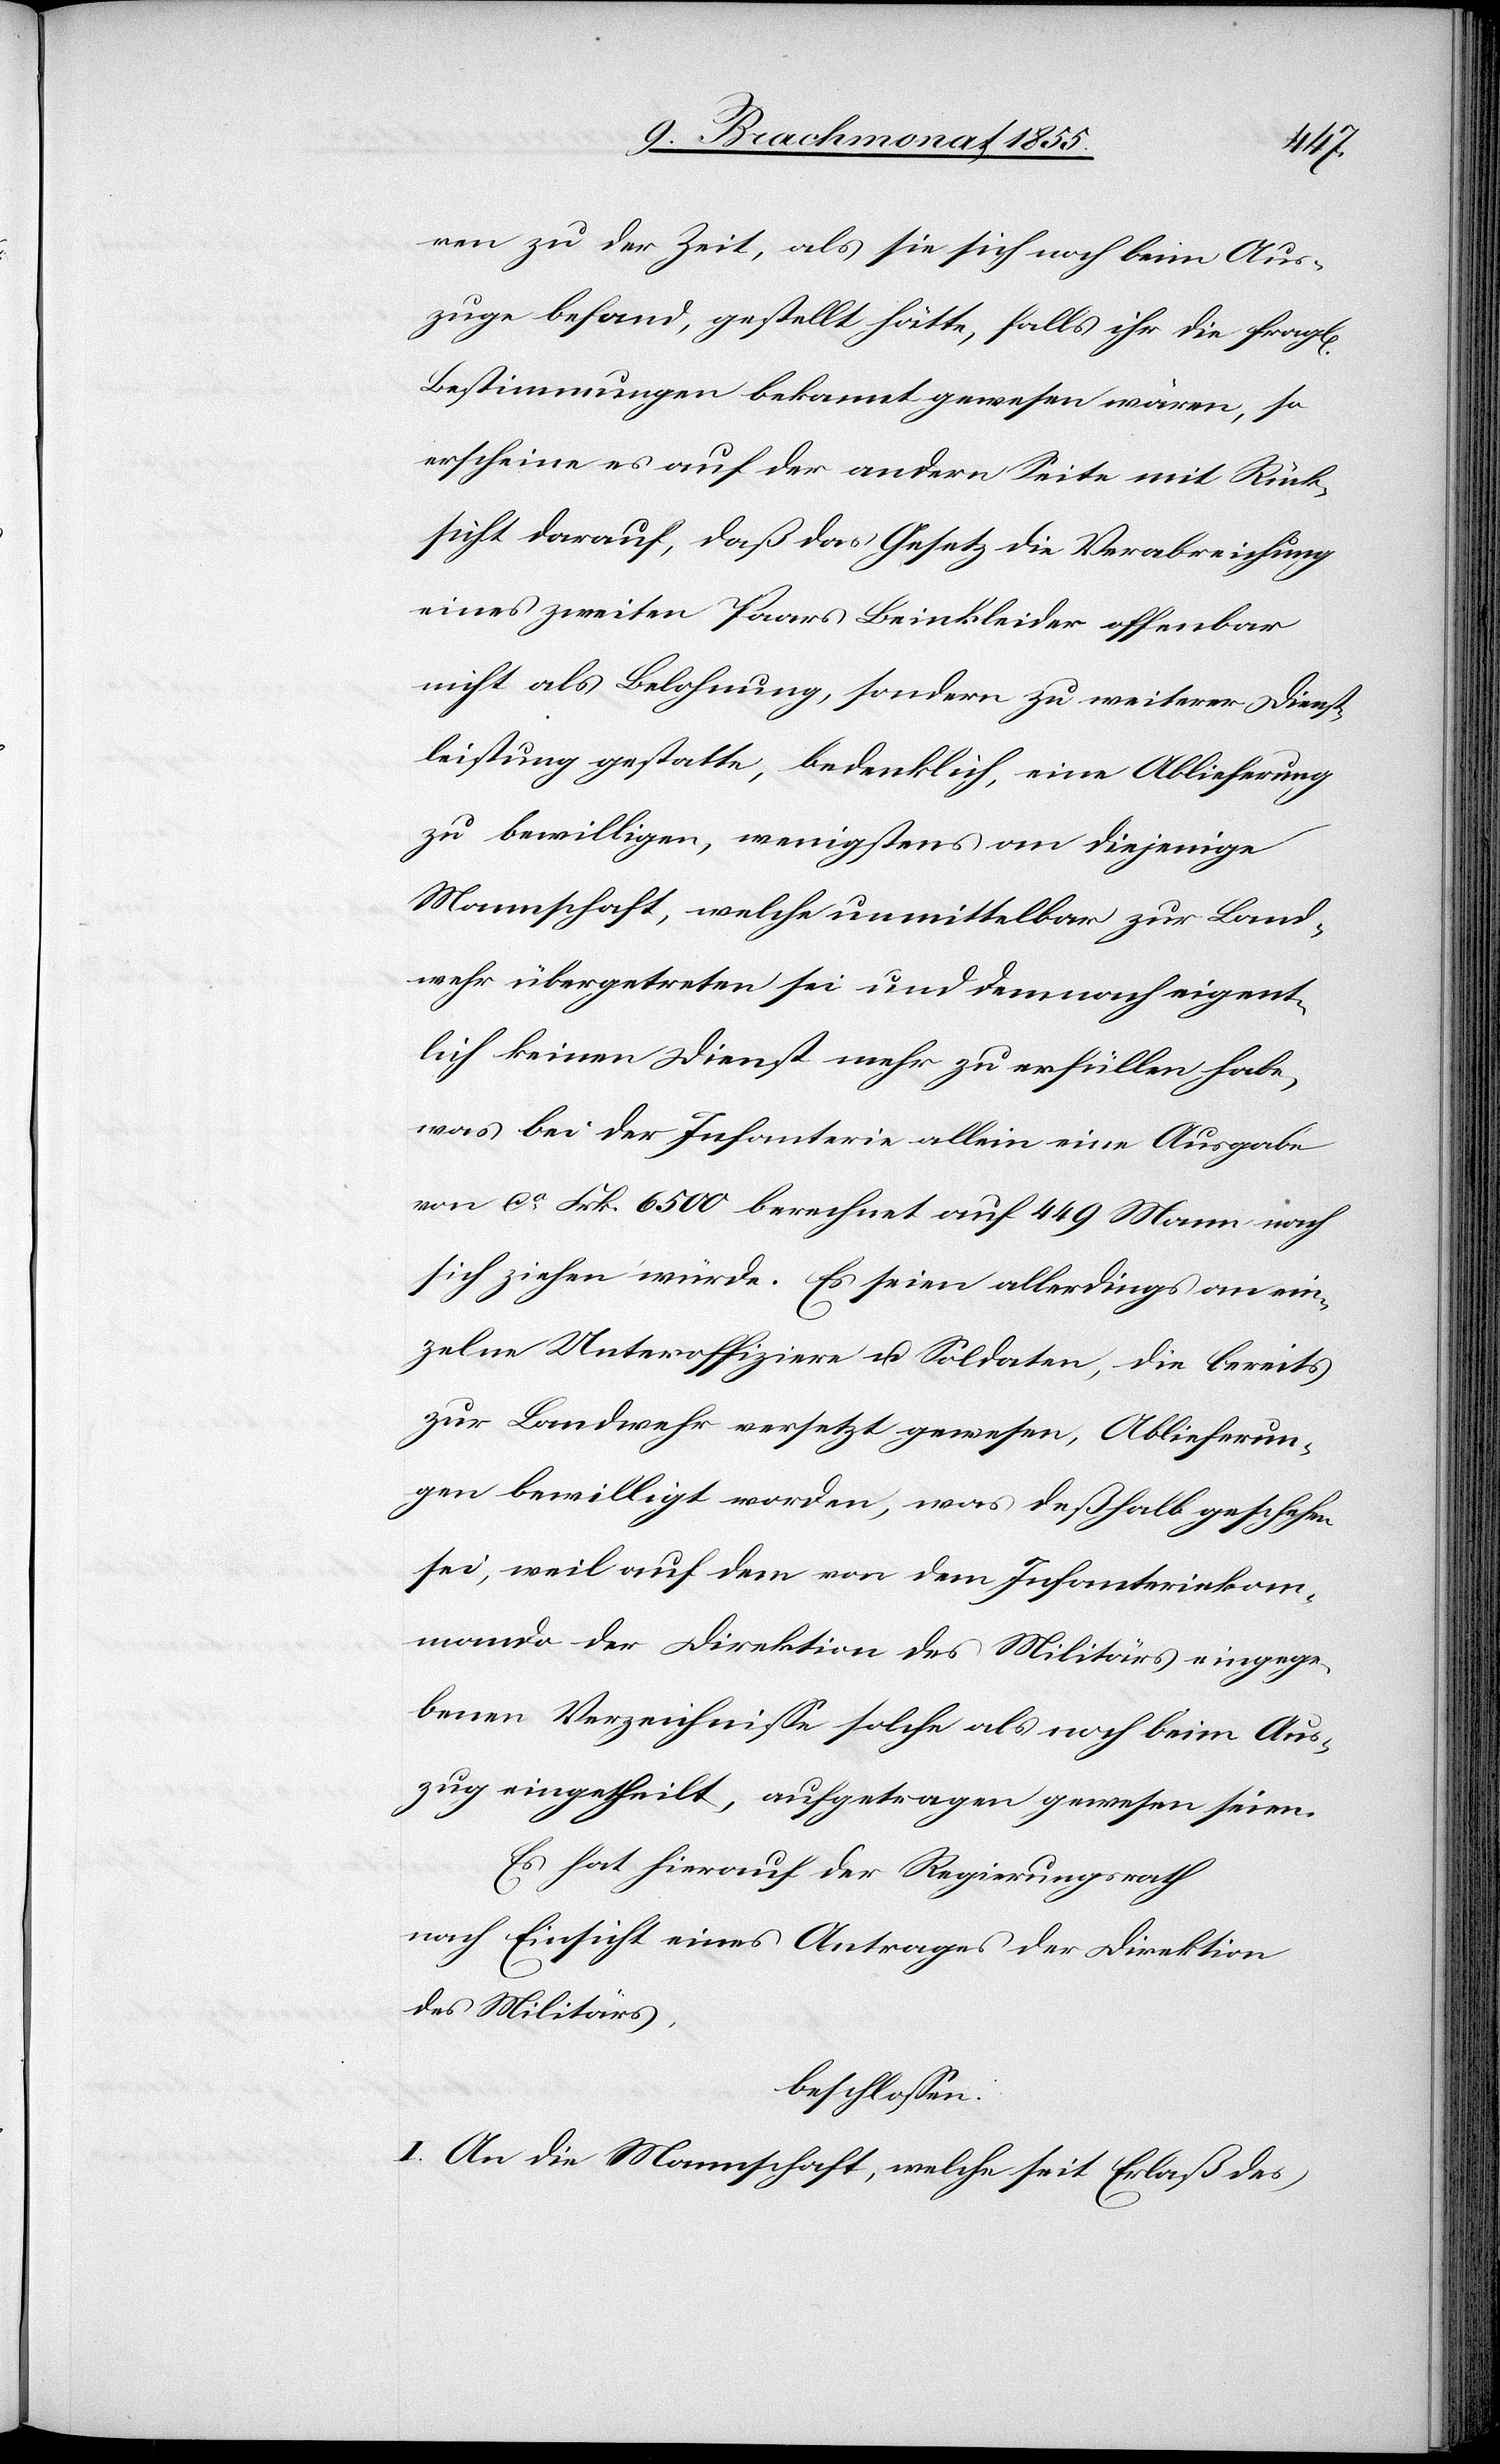
chen]
ren zu der Zeit, als sie sich noch beim Aus¬
zuge befand, gestellt hätte, falls ihr die fragl[i¬
Bestimmungen bekannt gewesen wären, so
erscheine es auf der andern Seite mit Rück¬
sicht darauf, daß das Gesetz die Verabreichung
eines zweiten Paars Beinkleider offenbar
nicht als Belohnung, sondern zu weiterer Dienst¬
leistung gestatte, bedenklich, eine Ablieferung
zu bewilligen, wenigstens an diejenige
Mannschaft, welche unmittelbar zur Land¬
wehr übergetreten sei und demnach eigent¬
lich keinen Dienst mehr zu erfüllen habe,
was bei der Infanterie allein eine Ausgabe
von ca Frk. 6500 berechnet auf 449 Mann nach
sich ziehen würde. Es seien allerdings an ein¬
zelne Unteroffiziere u. Soldaten, die bereits
zur Landwehr versetzt gewesen, Ablieferun¬
gen bewilligt worden, was deßhalb geschehen
sei, weil auf dem von dem Infanteriekom¬
mando der Direktion des Militärs eingege¬
benen Verzeichnisse solche als noch beim Aus¬
zug eingetheilt, aufgetragen gewesen seien.
Es hat hierauf der Regierungsrath
nach Einsicht eines Antrages der Direktion
des Militärs,
beschlossen:
I. An die Mannschaft, welche seit Erlaß des